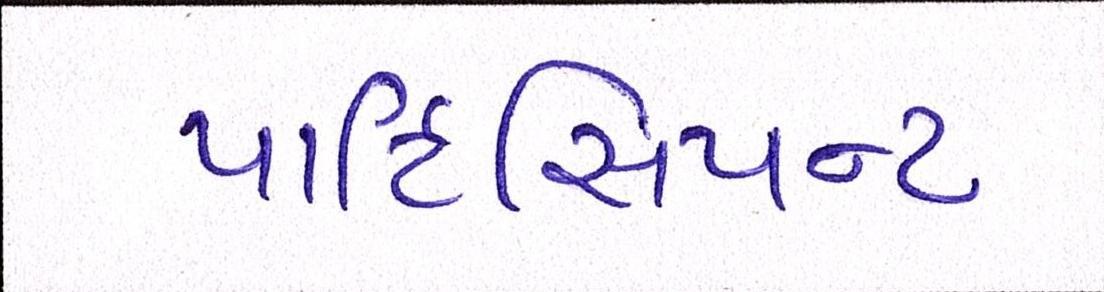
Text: પાર્ટિસિપન્ટ